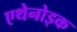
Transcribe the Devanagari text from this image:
एथेनोइक